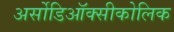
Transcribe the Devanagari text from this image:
अर्सोडिऑक्सीकोलिक